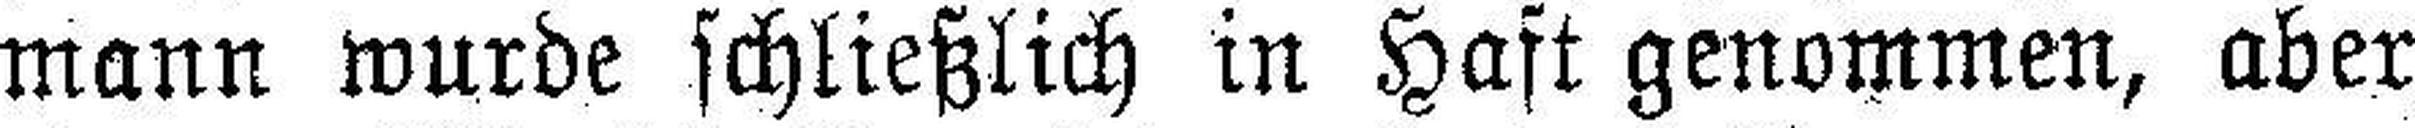
mann wurde schließlich in Haft genommen, aber